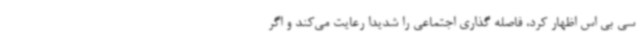
سی بی اس اظهار کرد، فاصله گذاری اجتماعی را شدیدا رعایت می‌کند و اگر